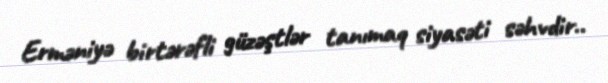
Erməniyə birtərəfli güzəştlər tanımaq siyasəti səhvdir..